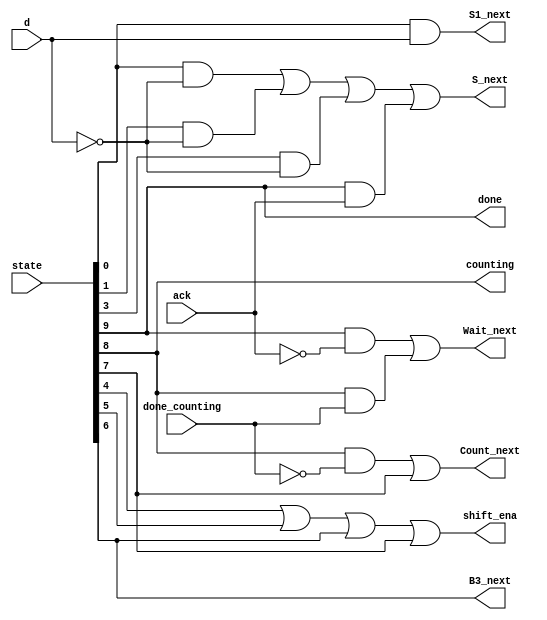
module top_module(
    input d,
    input done_counting,
    input ack,
    input [9:0] state,    // 10-bit one-hot current state
    output B3_next,
    output S_next,
    output S1_next,
    output Count_next,
    output Wait_next,
    output done,
    output counting,
    output shift_ena
);  
    assign B3_next = state[6];
    assign S_next = (state[0] && ~d) || (state[1] && ~d) || (state[3] && ~d) || (state[9] && ack);
    assign S1_next = state[0] && d;
    assign Count_next = (state[8] && ~done_counting) || state[7];
    assign Wait_next = (state[9] && ~ack) || (state[8] && done_counting);
    assign done = state[9];
    assign counting = state[8];
    assign shift_ena = state[4] || state[5] || state[6] || state[7];

endmodule